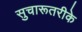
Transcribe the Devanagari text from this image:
सुचारूतरीके